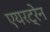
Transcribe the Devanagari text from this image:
एयरट्रेन